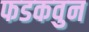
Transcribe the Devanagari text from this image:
फडकवुन